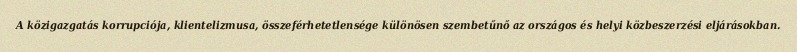
A közigazgatás korrupciója, klientelizmusa, összeférhetetlensége különösen szembetűnő az országos és helyi közbeszerzési eljárásokban.